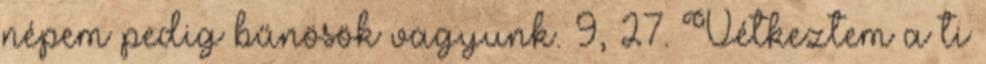
népem pedig bűnösök vagyunk. 9, 27. Vétkeztem a ti